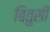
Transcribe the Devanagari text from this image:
बितुसी